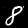
Label: 8